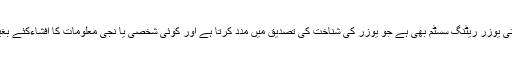
کنزیومر کی طرف سے trust-point پر مبنی یوزر ریٹنگ سسٹم بھی ہے جو یوزر کی شناخت کی تصدیق میں مدد کرتا ہے اور کوئی شخصی یا نجی معلومات کا افشاءکئے بغیر اعتماد کے فروغ میں بھی معاون ہوتا ہے۔